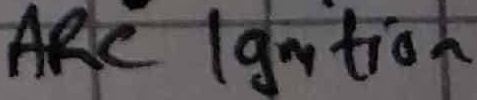
Text: ARC Ignition